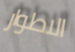
الاطوار